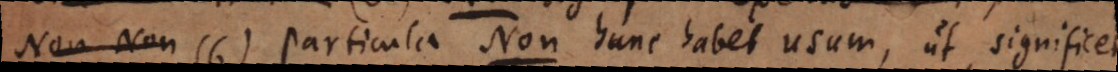
Non Non Particula Non hunc habe usum, ut significet